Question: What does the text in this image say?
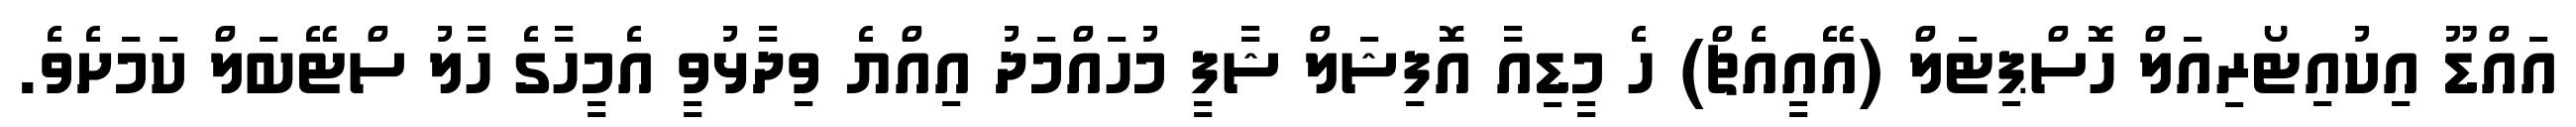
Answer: އައްޑޫ އިކުއިޓޯރިއަލް ހޮސްޕިޓަލް (އޭއީއެޗް) ހެ މީޑިއާ އޮފިޝަލް ޝާފީ މުހައްމަދު އިއްޔެ ވިދާޅުވީ އެމީހާގެ ހާލު ސްޓޭބަލް ކަމަށެވެ.